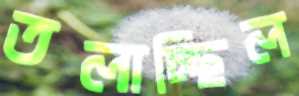
তলাচ্ছিল